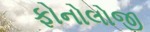
ફોનોલોજી